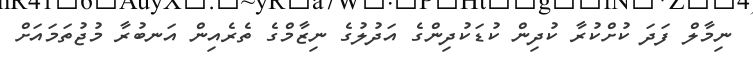
ނިމާލް ފަދަ ކުށްކުރާ ކުދިން ކުޑަކުދިންގެ އަދުލުގެ ނިޒާމްގެ ތެރެއިން އަނބުރާ މުޖުތަމައަށް